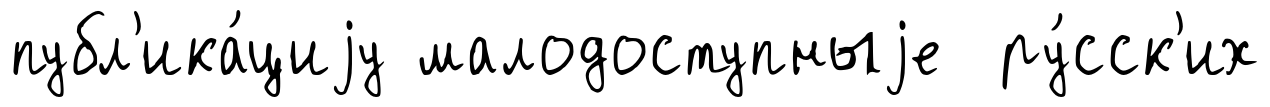
публ'ика́циjу малодоступныjе ру́сск'их